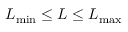
L _ { \mathrm { m i n } } \le L \le L _ { \mathrm { m a x } }